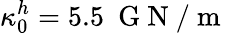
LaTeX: \kappa_{0}^{h}=5.5~\mathrm{~G~N~/~m~}